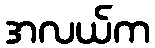
အလယ်က